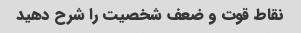
نقاط قوت و ضعف شخصیت را شرح دهید